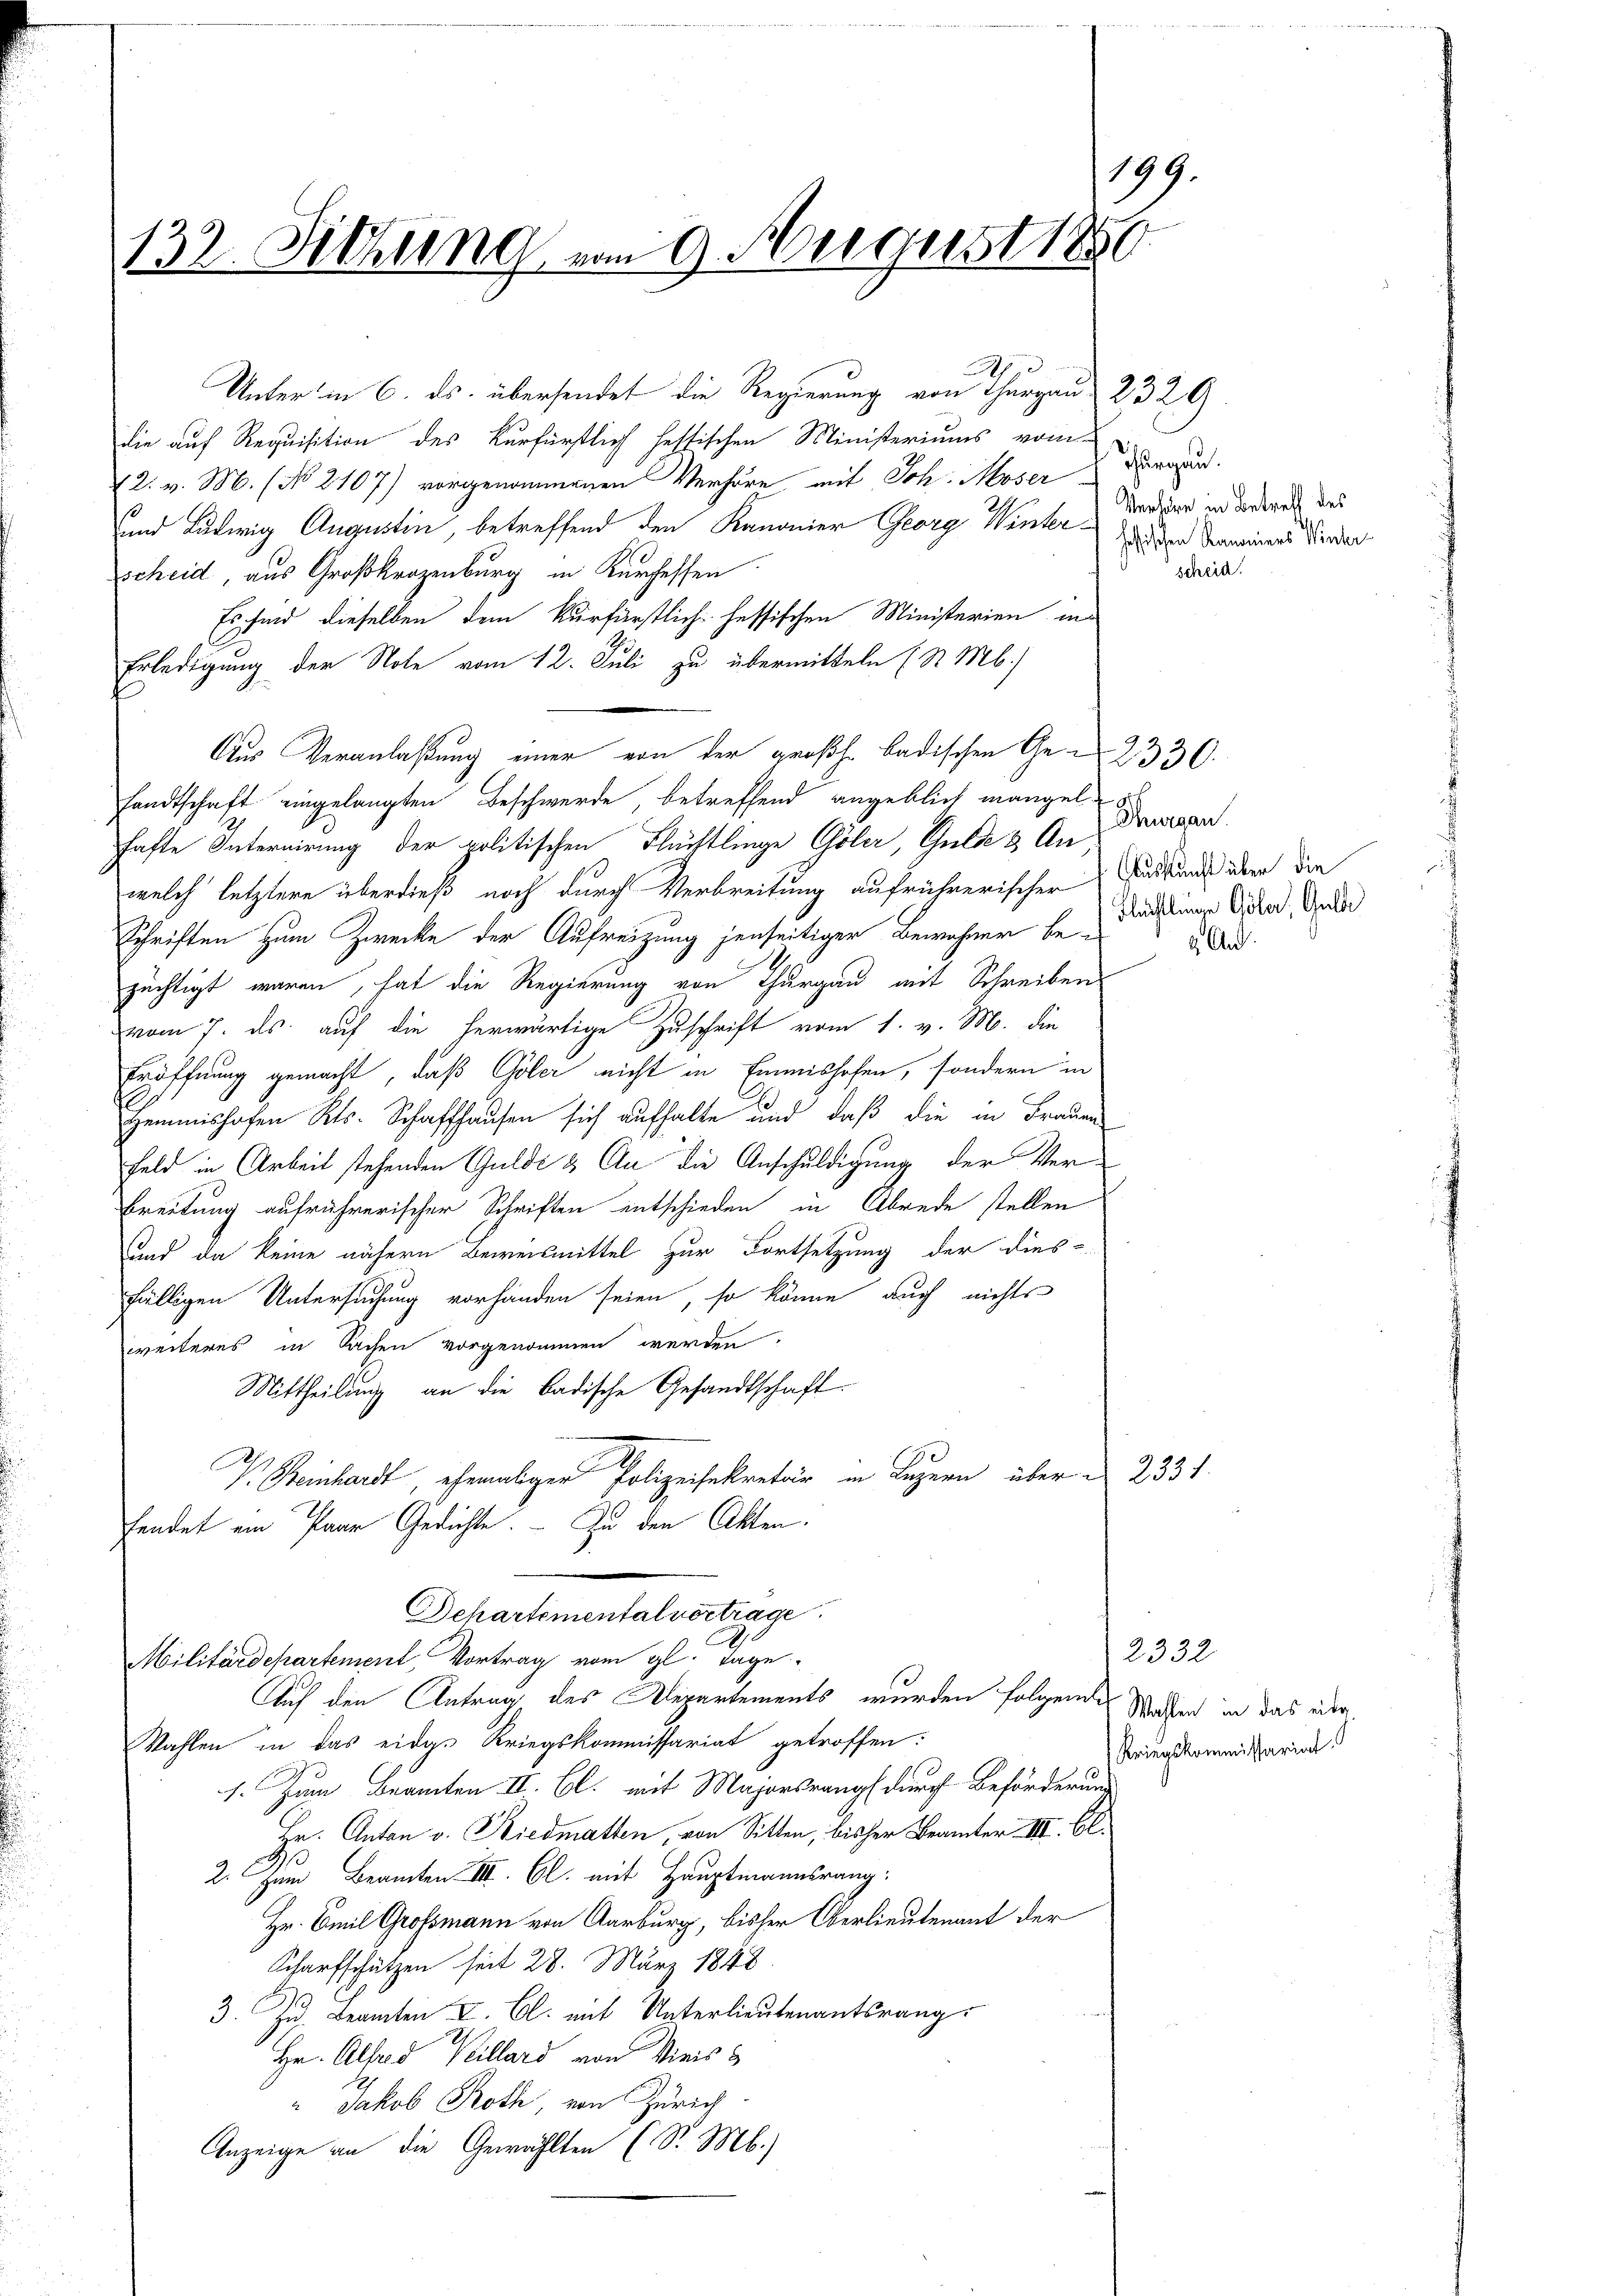
199.
132. Sitzung vom 9. August 1856

Unter in 6. ds. übersendet die Regierung von Thurgau 232 A
die auf Requisition des Kurfürstlich hessischen Ministeriums vom
2. v. M. (No 2107) vorgenommenen Verhöre mit Sch. Moser Burgund
und Ludwig Augustin, betreffend den Kanonier Georg Winter der Termines Wieder
scheid, aus Großkrazenburg in Kurhessen
Es sind dieselben dem kurfürstlich hessischen Ministerien in
Erledigung der Note vom 12. Juli zu übermitteln (S. M.)
Aus Veranlaßung einer von der großh. badischen Ge-2330.
sandtschaft eingelangten Beschwerde betreffend angeblich mangel
hafte Internirung der politischen Flüchtlinge Cöler, Gulde & An
welch letztere überdieß noch durch Verbreitung aufrührerischen Fuddund über die
Schriften zum Zwecke der Aufreizung jenseitiger Bewohner be¬
.
züchtigt waren, hat die Regierung von Thurgau mit Schreiben
vom 7. ds. auf die herwärtige Zuschrift vom 1. v. M. die
Eröffnung gemacht, daß Göler nicht in Emmishofen, sondern in
gemmishofen Kts. Schaffhausen sich aufhalte und daβ die in Frauen
Feld in Arbeit stehenden Gulde & An die Anschuldigung der Ver¬
Breitung aufrührerischer Schriften entschieden in Abrede stellen
Land da keine nähern Beweismittel zur Fortsetzung der dies-
fälligen Untersuchung vorhanden seien, so könne auch nichts
weiteres in Sachen vorgenommen werden.
Mittheilung an die badische Gesandtschaft.
2
einhard, ehemaliger Polizeisekret in Luzern über 2331.
fendet ein Paar Gedichte. Zu den Akten.
Dehartemental vortrage
Militärdepartement, Vortrag vom gl. Tage
Auf den Antrag des Repartements wurden folgende Stacken in das über¬
Wahlen in das eidg. Kriegskommissariat getroffen:
1. Zum Beamten II. Cl. mit Majorsrang durch Beförderung
Hr. Anton v. Riedmatten, von Sitten, bisher Brämter III. Bl.
3
2. Zum Beamten III. Cl. mit Hauptmannsrang:
Hr. Emil Grossmann von Aarburg, bisher Oberlieutenant der
Scharfschützen seit 28. März 1848
3. Zu Beamten I. Cl. mit Unterlieutenantsrang.
Hr. Alfred Keillard von Vieiss
" Jakob Roth, von Zürich
Anzeige an die Gewählten (S. M.)

Ad

Verhöre in Betreff des

Thurgau.

Flächtlingen Göler, Gulde
9. And.

scheid.

2332.
Kriegskommissariat